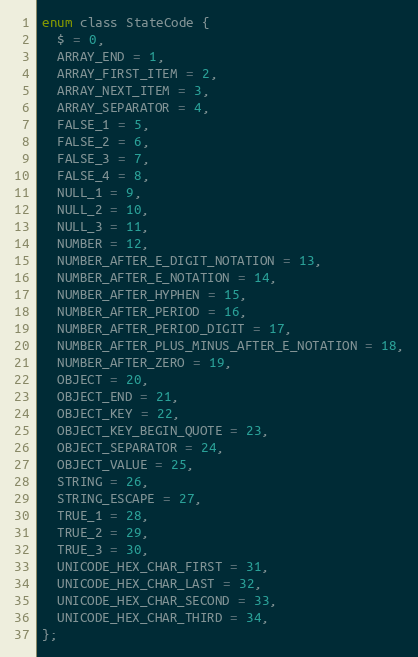
Language: C
enum class StateCode {
  $ = 0,
  ARRAY_END = 1,
  ARRAY_FIRST_ITEM = 2,
  ARRAY_NEXT_ITEM = 3,
  ARRAY_SEPARATOR = 4,
  FALSE_1 = 5,
  FALSE_2 = 6,
  FALSE_3 = 7,
  FALSE_4 = 8,
  NULL_1 = 9,
  NULL_2 = 10,
  NULL_3 = 11,
  NUMBER = 12,
  NUMBER_AFTER_E_DIGIT_NOTATION = 13,
  NUMBER_AFTER_E_NOTATION = 14,
  NUMBER_AFTER_HYPHEN = 15,
  NUMBER_AFTER_PERIOD = 16,
  NUMBER_AFTER_PERIOD_DIGIT = 17,
  NUMBER_AFTER_PLUS_MINUS_AFTER_E_NOTATION = 18,
  NUMBER_AFTER_ZERO = 19,
  OBJECT = 20,
  OBJECT_END = 21,
  OBJECT_KEY = 22,
  OBJECT_KEY_BEGIN_QUOTE = 23,
  OBJECT_SEPARATOR = 24,
  OBJECT_VALUE = 25,
  STRING = 26,
  STRING_ESCAPE = 27,
  TRUE_1 = 28,
  TRUE_2 = 29,
  TRUE_3 = 30,
  UNICODE_HEX_CHAR_FIRST = 31,
  UNICODE_HEX_CHAR_LAST = 32,
  UNICODE_HEX_CHAR_SECOND = 33,
  UNICODE_HEX_CHAR_THIRD = 34,
};